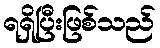
ရရှိပြီးဖြစ်သည်